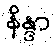
နိန္ဒာ